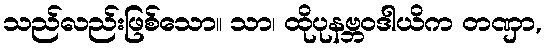
သည်လည်းဖြစ်သော။ သာ၊ ထိုပုနဗ္ဘဝဒါယိက တဏှာ,